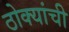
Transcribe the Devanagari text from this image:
ठोक्यांची